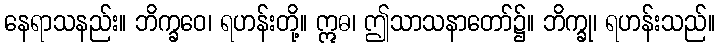
နေရာသနည်း။ ဘိက္ခဝေ၊ ရဟန်းတို့။ ဣဓ၊ ဤသာသနာတော်၌။ ဘိက္ခု၊ ရဟန်းသည်။